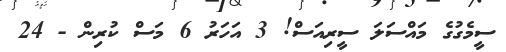
ސީމެގުގެ މައްސަލަ ސީރިއަސް! 3 އަހަރު 6 މަސް ކުރިން - 24